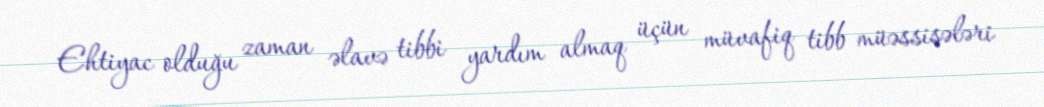
Ehtiyac olduğu zaman əlavə tibbi yardım almaq üçün müvafiq tibb müəssisələri